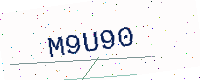
Text: M9U90